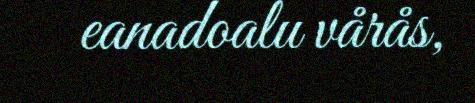
eanadoalu vårås,